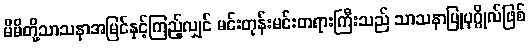
မိမိတို့သာသနာအမြင်နှင့်ကြည့်လျှင် မင်းတုန်းမင်းတရားကြီးသည် သာသနာပြုပုဂ္ဂိုလ်ဖြစ်